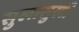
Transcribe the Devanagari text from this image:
सुखासुखी